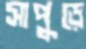
সাপুড়ে